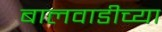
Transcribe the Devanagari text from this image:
बालवाडीच्या